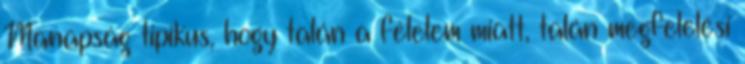
Manapság tipikus, hogy talán a félelem miatt, talán megfelelési